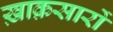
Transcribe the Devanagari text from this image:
ख़ाक़सारों